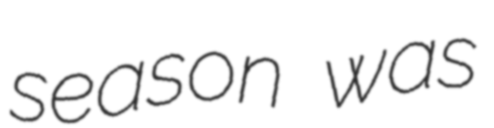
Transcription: season was